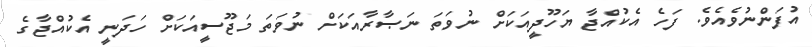
އުފަންނުވެއެވެ. ފަހެ އެކުއްޖާ ޔަހޫދީއަކަށް ނުވަތަ ނަޞާރާއަކަށް ނުވަތަ މަޖޫސީއަކަށް ހަަދަނީ އެކުއްޖާގެ